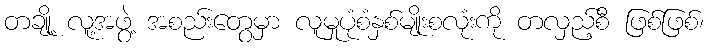
တချို့ လူ့အဖွဲ့ အစည်းတွေမှာ လူမှုပုံစံနှစ်မျိုးစလုံးကို တလှည့်စီ ဖြစ်ဖြစ်၊